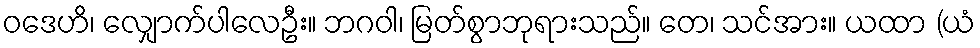
ဝဒေဟိ၊ လျှောက်ပါလေဦး။ ဘဂဝါ၊ မြတ်စွာဘုရားသည်။ တေ၊ သင်အား။ ယထာ (ယံ